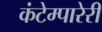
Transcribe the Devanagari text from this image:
कंटेम्पारेरी